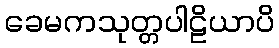
ခေမကသုတ္တပါဠိယာပိ